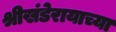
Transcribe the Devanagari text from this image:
श्रीखंडेरायाच्या